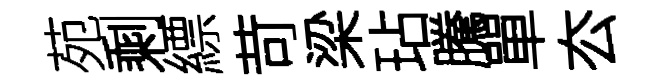
苑剩縹苛梁玷騰單厺